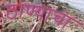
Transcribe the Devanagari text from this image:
ठाण्याचा